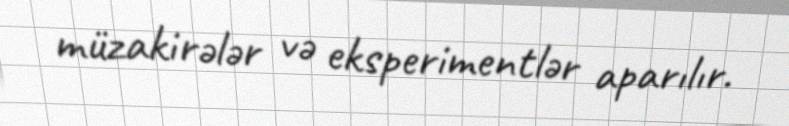
müzakirələr və eksperimentlər aparılır.